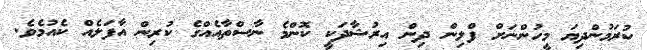
ކުރަމުންދިޔަ މީހުންނަށް ފްލިން ދިން އިރުޝާދަކީ ކޮންމެ ނާސްތާއެއްގެ ކުރިން އާފަލެއް ކެއުމެވެ.